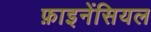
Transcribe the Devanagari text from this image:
फ़ाइनेंसियल